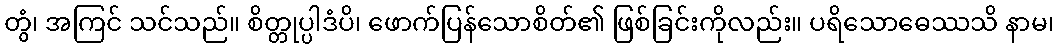
တွံ၊ အကြင် သင်သည်။ စိတ္တုပ္ပါဒံပိ၊ ဖောက်ပြန်သောစိတ်၏ ဖြစ်ခြင်းကိုလည်း။ ပရိသောဓေဿသိ နာမ၊